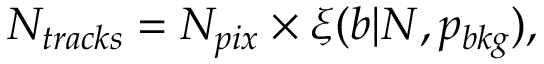
N _ { t r a c k s } = N _ { p i x } \times \xi ( b | N , p _ { b k g } ) ,